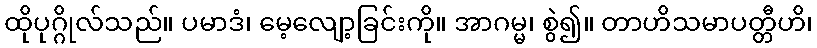
ထိုပုဂ္ဂိုလ်သည်။ ပမာဒံ၊ မေ့လျော့ခြင်းကို။ အာဂမ္မ၊ စွဲ၍။ တာဟိသမာပတ္တီဟိ၊